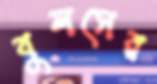
বুলসের